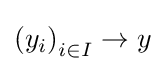
\left(y_{i}\right)_{i\in I}\to y